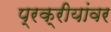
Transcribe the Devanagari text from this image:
प्रक्रीयांवर